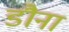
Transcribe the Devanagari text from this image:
डौना